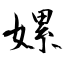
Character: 嫘